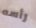
رأسه